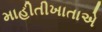
માહીતીખાતાએ